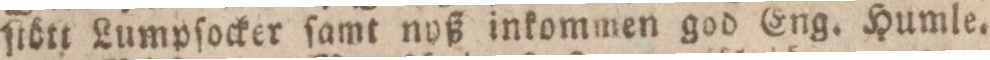
ſtött Lumpſocker ſamt noß inkommen god Eng. Humle.